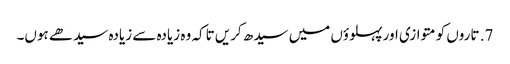
7. تاروں کو متوازی اور پہلوؤں میں سیدھ کریں تاکہ وہ زیادہ سے زیادہ سیدھے ہوں۔